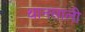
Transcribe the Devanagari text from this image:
थानसाली